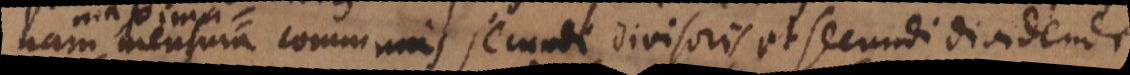
nam mensura communis secundi divisoris et secundi dividendi